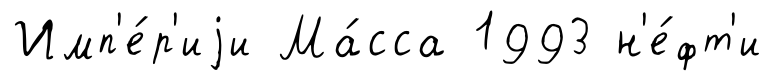
Имп'е́р'иjи Ма́сса 1993 н'е́фт'и